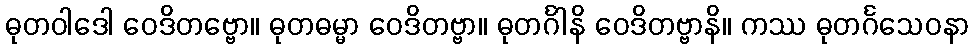
ဓုတဝါဒေါ ဝေဒိတဗ္ဗော။ ဓုတဓမ္မာ ဝေဒိတဗ္ဗာ။ ဓုတင်္ဂါနိ ဝေဒိတဗ္ဗာနိ။ ကဿ ဓုတင်္ဂသေဝနာ